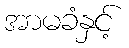
အာမခံနှင့်